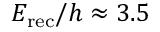
E _ { \mathrm { r e c } } / h \approx 3 . 5